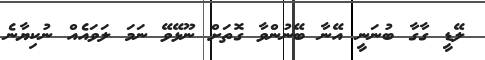
ލޭޑީ ގާގާ ބުނަނީ އޭނާ ބޭނުންވާ ގޮތަށް ނޫޅޭވޭ ނަމަ ލަވައެއް ނުކިޔާނެ